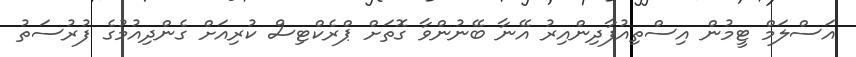
އަސްލަމް ޓީމުން އިސްތިއުފާދިންއިރު އޭނާ ބޭނުންވާ ގޮތަށް ޕްރެކްޓިސް ކުރިއަށް ގެންދިއުމުގެ ފުރުސަތު